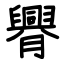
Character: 臖